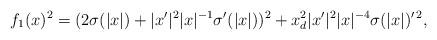
LaTeX: \begin{align*}f_1(x)^2= (2\sigma(|x|) +|x'| ^2 |x|^{-1}\sigma '(|x|))^2 + x_d^2|x'|^2 |x|^{-4}\sigma(|x|)^{\prime\,2},\end{align*}